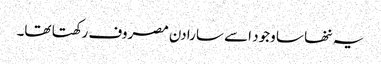
یہ ننھا سا وجود اسے سارا دن مصروف رکھتا تھا۔